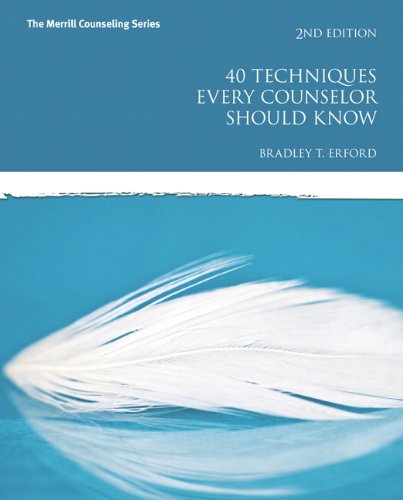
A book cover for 40 Techniques Every Counselor Should Know (2nd Edition) (Merrill Counseling); Bradley T. Erford; Education & Teaching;